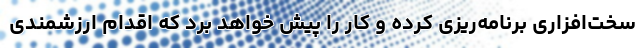
سخت‌افزاری برنامه‌ریزی کرده و کار را پیش خواهد برد که اقدام ارزشمندی